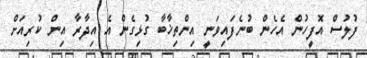
ފުލުސް އޮފީހުން އެހެން ބުނެފައިވަނީ އިންތިޚާބާ ގުޅިގެން އެ އިދާރާ އިން ކުރިއަށް